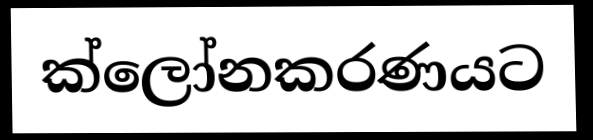
ක්ලෝනකරණයට